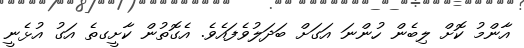
އާންމު ކޮށް ލިބެން ހުންނަ އަގަށް ބަދަލުވެފައެވެ. އެގޮތުން ކާށީގތެ އަގު އުޅެނީ